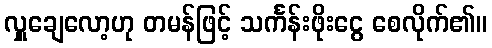
လှူချေလော့ဟု တမန်ဖြင့် သင်္ကန်းဖိုးငွေ စေလိုက်၏။